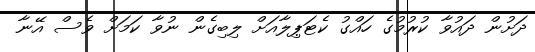
ދަށުން ދައުވާ ކުރުމުގެ ހައްގު ކެޓަޕިލާއަށް ލިބިގެން ނުވާ ކަމަށް ވެސް އޭނާ